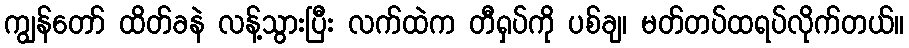
ကျွန်တော် ထိတ်ခနဲ လန့်သွားပြီး လက်ထဲက တီရှပ်ကို ပစ်ချ၊ မတ်တပ်ထရပ်လိုက်တယ်။